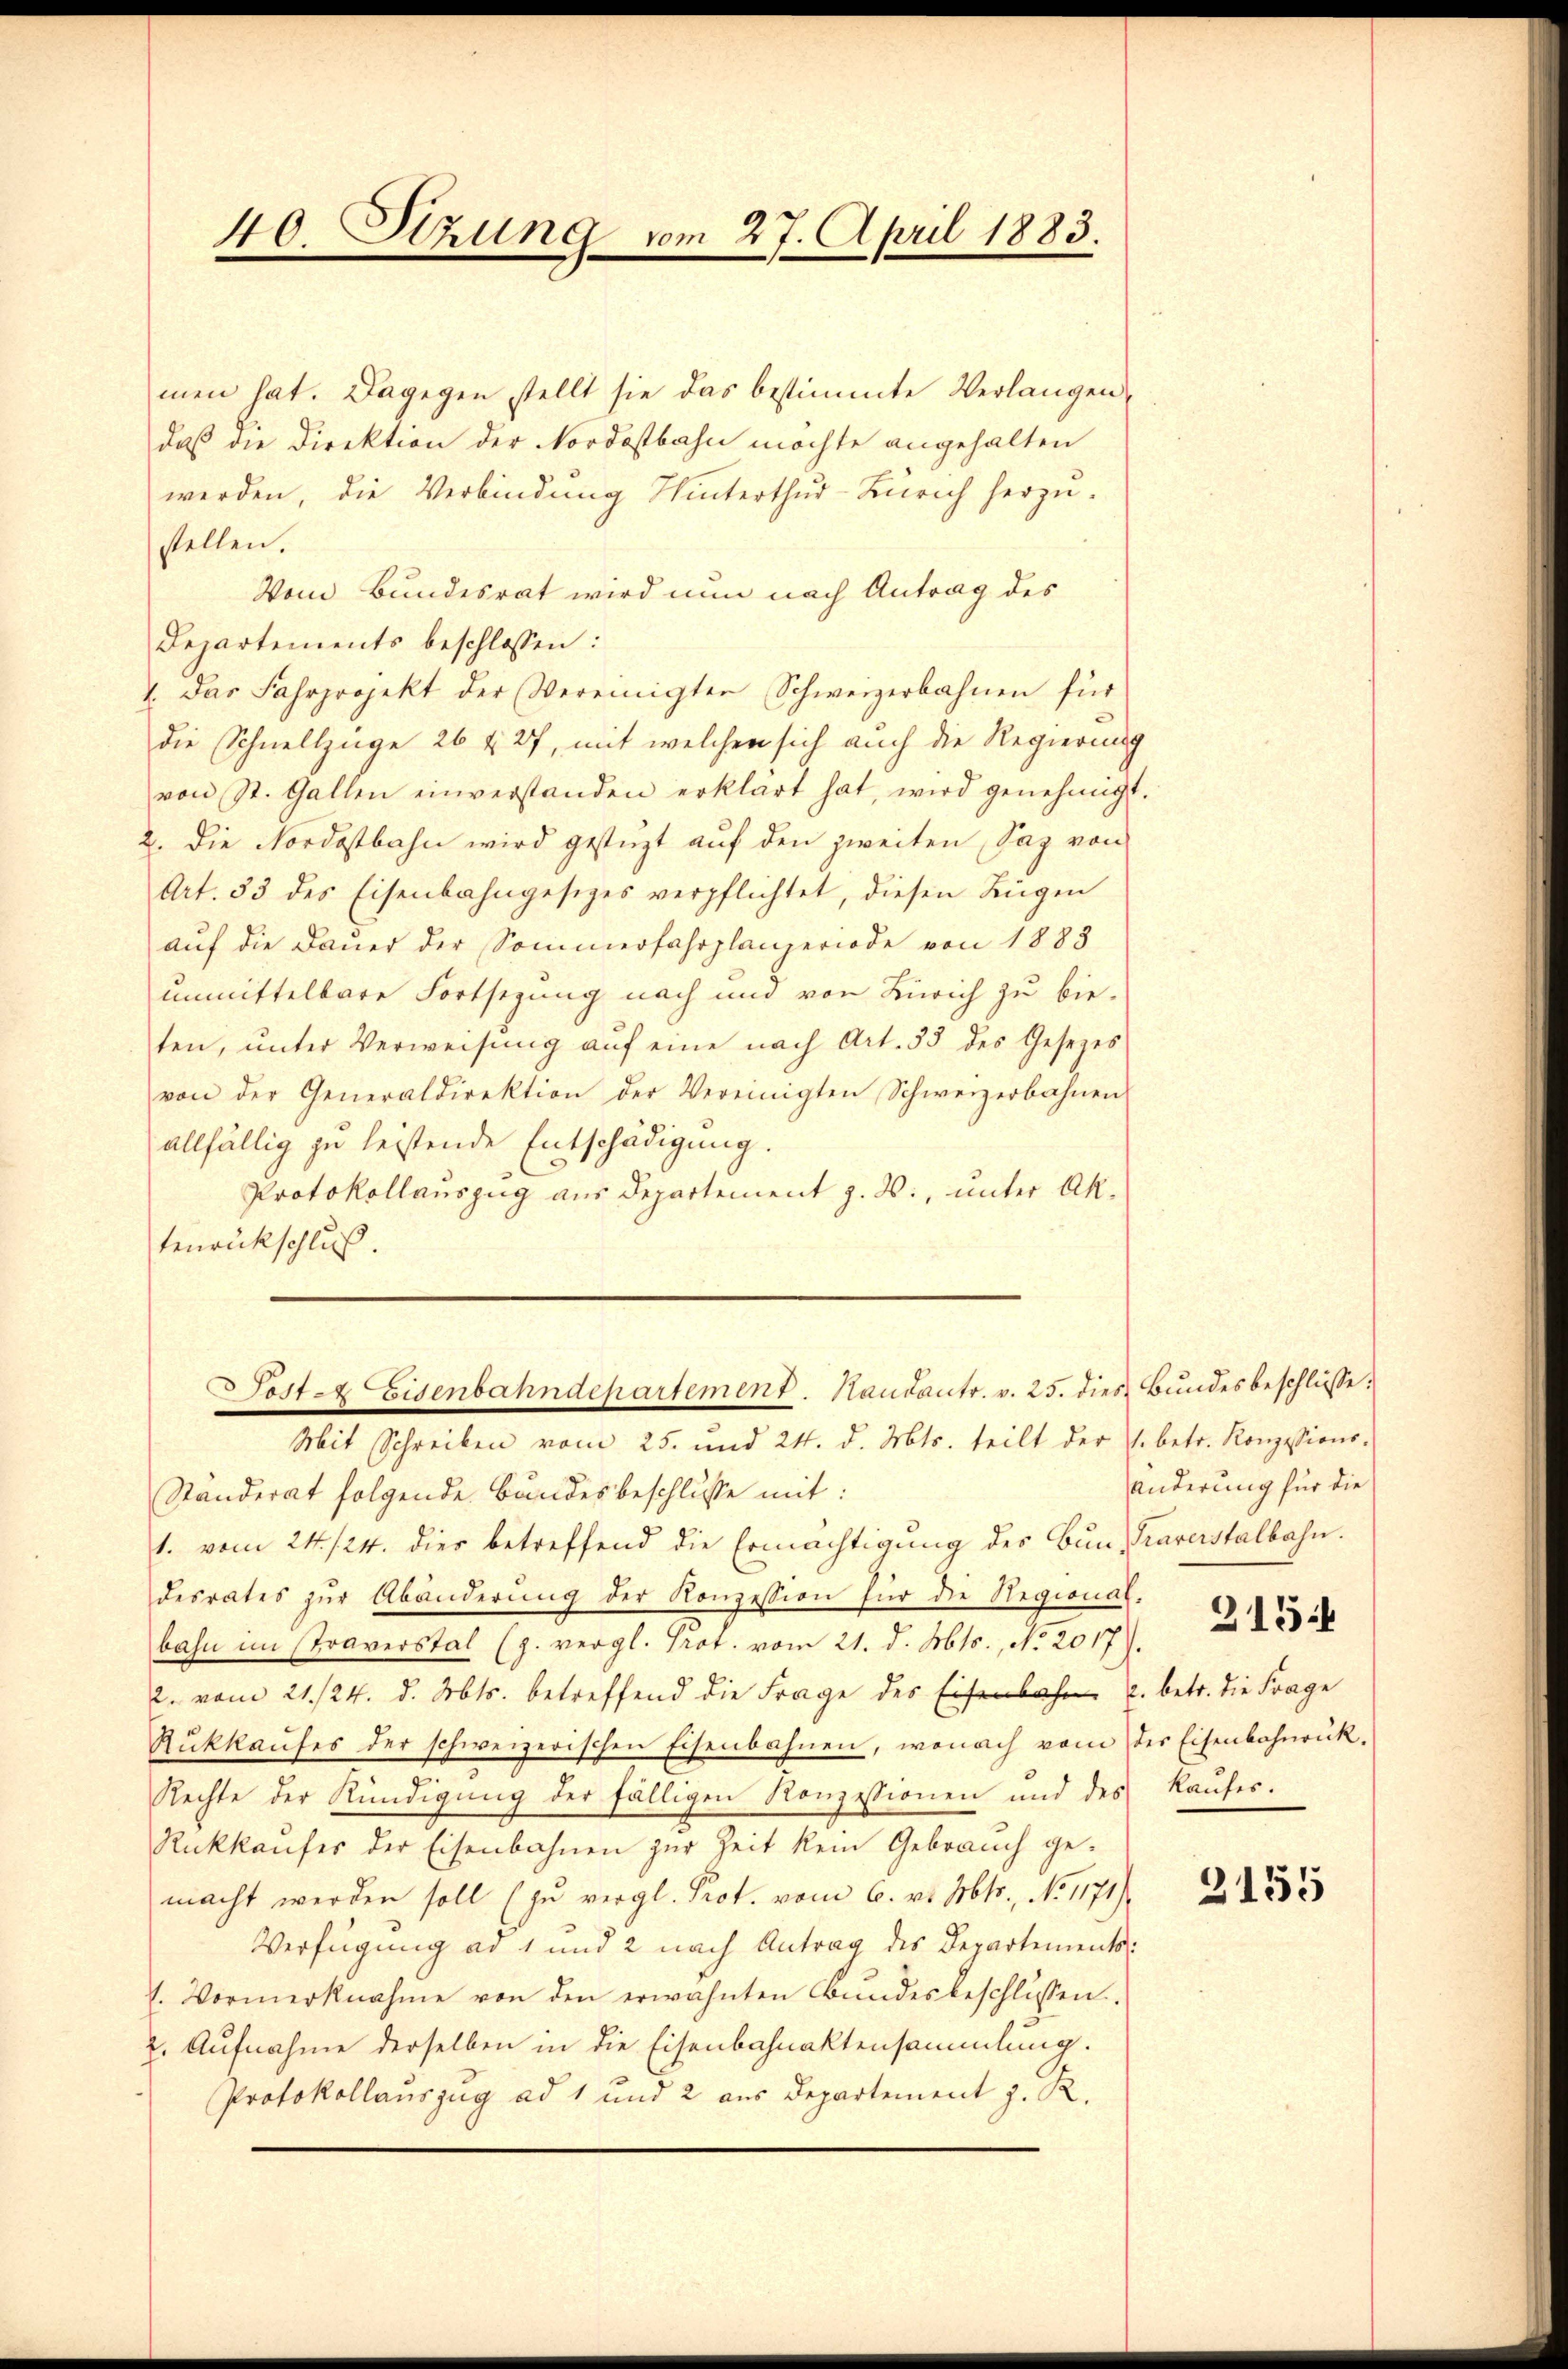
40. Stzung vom 27. April 1883.

men hat. Dagegen stellt sie das bestimmte Verlangen,
daß die Direktion der Nordostbahn möchte angehalten
werden, die Verbindung Winterthur–Zürich herzustellen.
Vom Bundesrat wird nun nach Antrag des
Departements beschlossen:
4. Das Fahrprojekt der Vereinigten Schweizerbahnen für
die Schnellzüge 26 & 27, mit welchen sich auch die Regierung
von St. Gallen einverstanden erklärt hat, wird genehmigt.
2. Die Nordostbahn wird gestüzt auf den zweiten, Sag von
Art. 33 des Eisenbahngesiges verpflichtet, diesen Lügen
auf die Dauer der Sommerfahrplanzeriode von 1883
unmittelbare Fortsetzung nach und von Zürich zu bie-
ten, ŭnter Verweisŭng aŭf eine nach Art. 33 des Gesezes
von der Generaldirektion der Vereinigten Schweizerbahnen
allfällig zu leistende Entschädigung.
Protokollauszug aus Departement z. B., unter Aktenrückschluß.

Sost-Eisenbahndepartement. Handants. v. 25. dies Bundesbeschlüsse:

Mit Schreiben vom 25. und 24. d. Mts. teilt der V. betr. Konzessions-
Ständerat folgende Bundesbeschlusse mit:
1. vom 24. 124. dies betreffend die Ermächtigung des Bun-Traverstalbahn.
desrates zŭr Abänderung der Konzession für die Regional-
bahn im straverstal (p. vergl. Prof. vom 21. d. Mts., No 2017).
2. vom 21./24. d. Mts. betreffend die Frage des Ein u. betr. die Frage
Rückkaufes der schweizerischen Eisenbahnen, wonach vom der Eisenbahnrück.
Rechte der Kündigung der fälligen Konzessionen und des
Rückkaufes der Eisenbahnen zur Zeit kein Gebrauch ge-
macht werden soll (zu vergl. Prot. vom 6. v. Mts., No 1171).
Verfügung ad 1 und 2 nach Antrag des Departements¬
1. Vormerknahme von den erwähnten Bŭndesbeschlüssen.
2. Aufnahme derselben in die Eisenbahnaktensammlung.
Protokollauszug ad 1 und 2 aus Departement z. R.

Änderung für die

kaufes.

3155